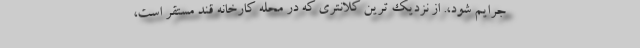
جرایم شود،. از نزدیک ترین کلانتری که در محله کارخانه قند مستقر است،